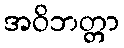
အဝိဘတ္တာ